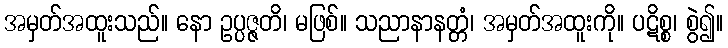
အမှတ်အထူးသည်။ နော ဥပ္ပဇ္ဇတိ၊ မဖြစ်။ သညာနာနတ္တံ၊ အမှတ်အထူးကို။ ပဋိစ္စ၊ စွဲ၍။